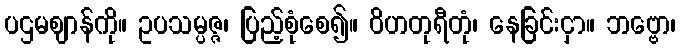
ပဌမဈာန်ကို။ ဥပသမ္ပဇ္ဇ၊ ပြည့်စုံစေ၍။ ဝိဟတုရီတုံ၊ နေခြင်းငှာ။ ဘဗ္ဗော၊